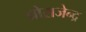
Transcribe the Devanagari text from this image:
प्रोराजेन्द्र